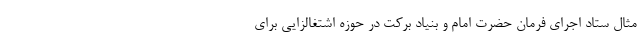
مثال ستاد اجرای فرمان حضرت امام و بنیاد برکت در حوزه اشتغالزایی برای